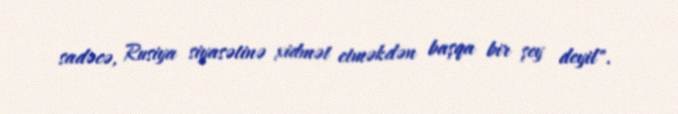
sadəcə, Rusiya siyasətinə xidmət etməkdən başqa bir şey deyil".